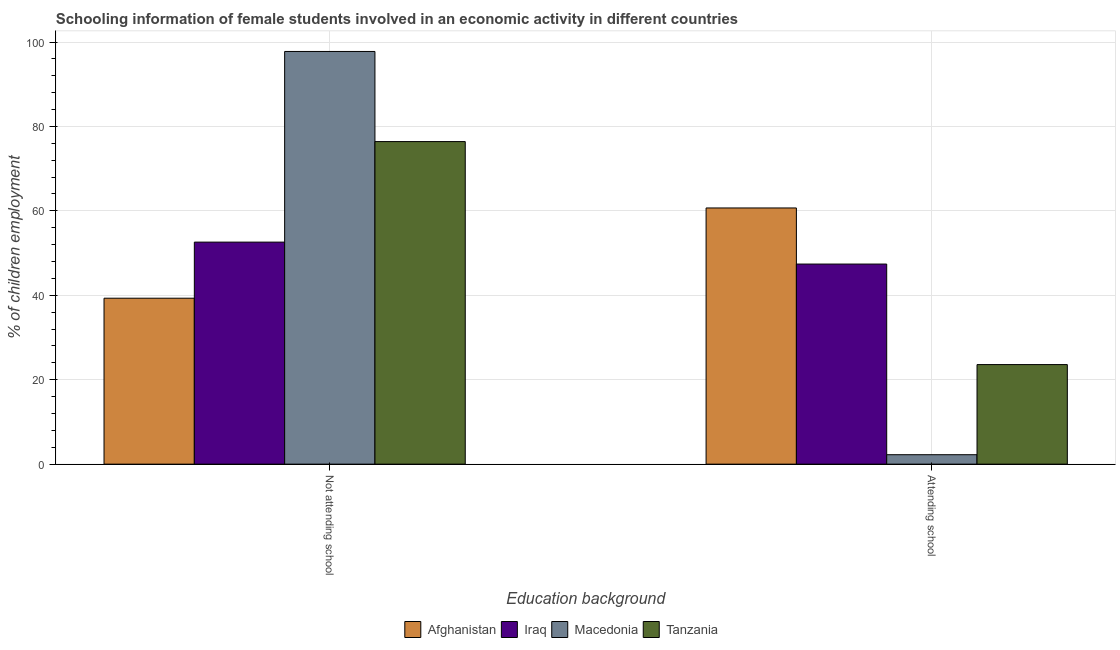
| Education background | Afghanistan | Iraq | Macedonia | Tanzania |
 | --- | --- | --- | --- | --- |
 | Not attending school | 39.3 | 52.6 | 97.8 | 76.4 |
 | Attending school | 60.7 | 47.4 | 2.24 | 23.6 |